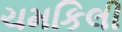
ચમકિલી